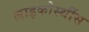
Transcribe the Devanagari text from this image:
लाइकोस्थींस